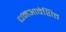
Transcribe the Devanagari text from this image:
धनआवेशित